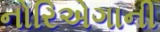
નોરિએગાની